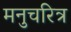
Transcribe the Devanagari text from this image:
मनुचरित्र